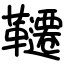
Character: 韆